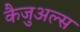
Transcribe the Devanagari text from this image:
कैजुअल्स